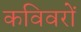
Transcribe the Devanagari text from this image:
कविवरों